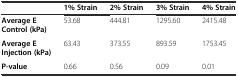
<table><thead><tr><td></td><td><b>1% Strain</b></td><td><b>2% Strain</b></td><td><b>3% Strain</b></td><td><b>4% Strain</b></td></tr></thead><tbody><tr><td><b>Average E Control (kPa)</b></td><td>53.68</td><td>444.81</td><td>1295.60</td><td>2415.48</td></tr><tr><td><b>Average E Injection (kPa)</b></td><td>63.43</td><td>373.55</td><td>893.59</td><td>1753.45</td></tr><tr><td><b>P-value</b></td><td>0.66</td><td>0.56</td><td>0.09</td><td>0.01</td></tr></tbody></table>